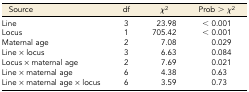
<table><thead><tr><td><b>Source</b></td><td><b>df</b></td><td><b><i>χ</i><sup>2</sup></b></td><td><b>Prob &gt; <i>χ</i><sup>2</sup></b></td></tr></thead><tbody><tr><td>Line</td><td>3</td><td>23.98</td><td>&lt; 0.001</td></tr><tr><td>Locus</td><td>1</td><td>705.42</td><td>&lt; 0.001</td></tr><tr><td>Maternal age</td><td>2</td><td>7.08</td><td>0.029</td></tr><tr><td>Line × locus</td><td>3</td><td>6.63</td><td>0.084</td></tr><tr><td>Locus × maternal age</td><td>2</td><td>7.69</td><td>0.021</td></tr><tr><td>Line × maternal age</td><td>6</td><td>4.38</td><td>0.63</td></tr><tr><td>Line × maternal age × locus</td><td>6</td><td>3.59</td><td>0.73</td></tr></tbody></table>